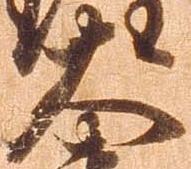
大